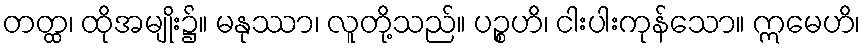
တတ္ထ၊ ထိုအမျိုး၌။ မနုဿာ၊ လူတို့သည်။ ပဉ္စဟိ၊ ငါးပါးကုန်သော။ ဣမေဟိ၊